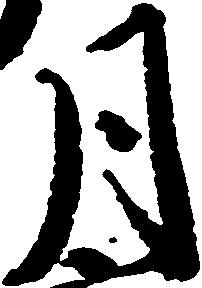
月